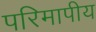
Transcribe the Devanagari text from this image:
परिमापीय